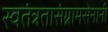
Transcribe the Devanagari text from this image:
स्वतंत्रतासंग्रामसेनानी